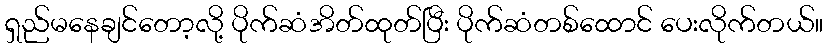
ရှည်မနေချင်တော့လို့ ပိုက်ဆံအိတ်ထုတ်ပြီး ပိုက်ဆံတစ်ထောင် ပေးလိုက်တယ်။